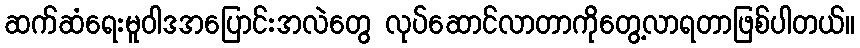
ဆက်ဆံရေးမူဝါဒအပြောင်းအလဲတွေ လုပ်ဆောင်လာတာကိုတွေ့လာရတာဖြစ်ပါတယ်။